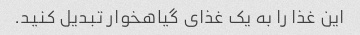
این غذا را به یک غذای گیاهخوار تبدیل کنید.